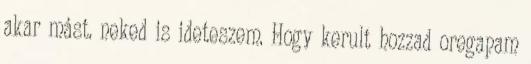
akar mást. neked is ideteszem. Hogy kerult hozzad oregapam